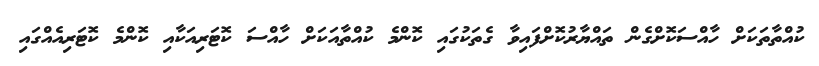
ކުއްތާތަކަށް ހާއްސަކޮށްގެން ތައްޔާރުކޮށްފައިވާ ގެތަކުގައި ކޮންމެ ކުއްތާއަކަށް ހާއްސަ ކޮޓަރިއަކާއި ކޮންމެ ކޮޓަރިއެއްގައި